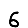
Digit: 6